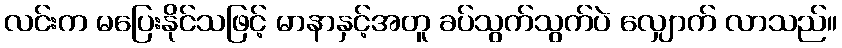
လင်းက မပြေးနိုင်သဖြင့် မာနာနှင့်အတူ ခပ်သွက်သွက်ပဲ လျှောက် လာသည်။